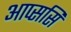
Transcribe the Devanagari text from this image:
आप्ससि